Report on horse surra - Volume II, Part I
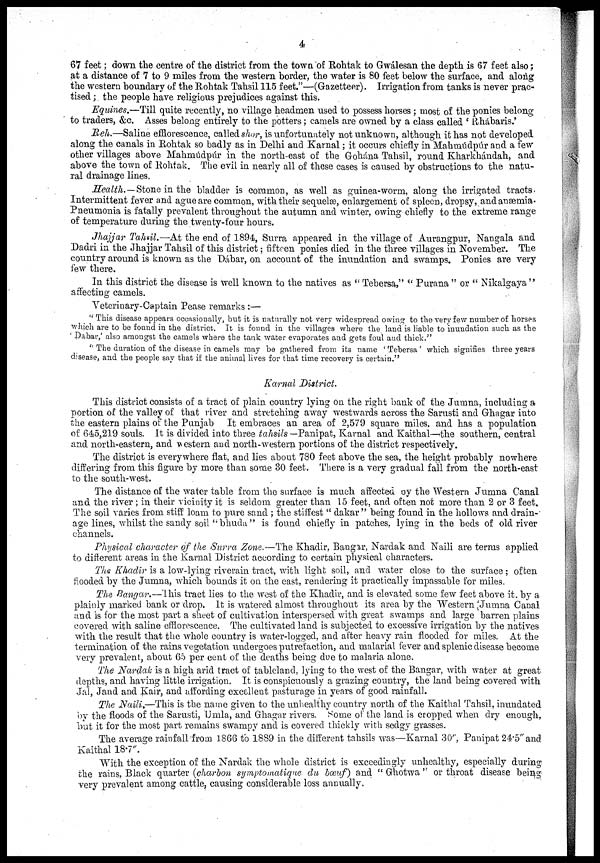
4
67 feet ; down the centre of the district from the town of Rohtak to Gwálesan the depth is 67 feet also;
at a distance of 7 to 9 miles from the western border, the water is 80 feet below the surface, and along
the western boundary of the Rohtak Tahsil 115 feet."—(Gazetteer). Irrigation from tanks is never prac-
tised ; the people have religious prejudices against this.
Equines.—Till quite recently, no village headmen used to possess horses ; most of the ponies belong
to traders, &c. Asses belong entirely to the potters ; camels are owned by a class called ' Rhábaris.'
Reh.—Saline efflorescence, called shor, is unfortunately not unknown, although it has not developed
along the canals in Rohtak so badly as in Delhi and Karnal ; it occurs chiefly in Mahmúdpúr and a few
other villages above Mahmúdpúr in the north-east of the Gohána Tahsil, round Kharkhándah, and
above the town of Rohtak. The evil in nearly all of these cases is caused by obstructions to the natu-
ral drainage lines.
Health.—Stone in the bladder is common, as well as guinea-worm, along the irrigated tracts.
Intermittent fever and ague are common, with their sequelæ, enlargement of spleen, dropsy, and anæmia.
Pneumonia is fatally prevalent throughout the autumn and winter, owing chiefly to the extreme range
of temperature during the twenty-four hours.
Jhajjar Tahsil.—At the end of 1894, Surra appeared in the village of Aurangpur, Nangala and
Dadri in the Jhajjar Tahsil of this district ; fifteen ponies died in the three villages in November. The
country around is known as the Dábar, on account of the inundation and swamps. Ponies are very
few there.
In this district the disease is well known to the natives as " Tebersa," " Purana " or " Nikalgaya "
affecting camels.
Veterinary-Captain Pease remarks :—
" This disease appears occasionally, but it is naturally not very widespread owing to the very few number of horses
which are to be found in the district. It is found in the villages where the land is liable to inundation such as the
' Dabar,' also amongst the camels where the tank water evaporates and gets foul and thick.-"
'' The duration of the disease in camels may be gathered from its name 'Tebersa' which signifies three years
disease, and the people say that if the animal lives for that time recovery is certain."
Karnal District.
This district consists of a tract of plain country lying on the right bank of the Jumna, including a
portion of the valley of that river and stretching away westwards across the Sarusti and Ghagar into
the eastern plains of the Punjab It embraces an area of 2,579 square miles, and has a population
of 645,219 souls. It is divided into three tahsils —Panipat, Karnal and Kaithal—the southern, central
and north-eastern, and western and north-western portions of the district respectively.
The district is everywhere flat, and lies about 780 feet above the sea, the height probably nowhere
differing from this figure by more than some 30 feet. There is a very gradual fall from the north-east
to the south-west.
The distance of the water table from the surface is much affected by the Western Jumna Canal
and the river ; in their vicinity it is seldom greater than 15 feet, and often not more than 2 or 3 feet.
The soil varies from stiff loam to pure sand ; the stiffest " dakar " being found in the hollows and drain-
age lines, whilst the sandy soil "bhuda" is found chiefly in patches, lying in the beds of old river
channels.
Physical character of the Surra Zone.—The Khadir, Bangar, Nardak and Naili are terms applied
to different areas in the Karnal District according to certain physical characters.
The Khadir is a low-lying riverain tract, with light soil, and water close to the surface ; often
flooded by the Jumna, which bounds it on the east, rendering it practically impassable for miles.
The Bangar.—This tract lies to the west of the Khadir, and is elevated some few feet above it. by a
plainly marked bank or drop. It is watered almost throughout its area by the Western Jumna Canal
and is for the most part a sheet of cultivation interspersed with great swamps and large barren plains
covered with saline efflorescence. The cultivated land is subjected to excessive irrigation by the natives
with the result that the whole country is water-logged, and after heavy rain flooded for miles. At the
termination of the rains vegetation undergoes putrefaction, and malarial fever and splenic disease become
very prevalent, about 65 per cent of the deaths being due to malaria alone.
The Nardak is a high arid tract of tableland, lying to the west of the Bangar, with water at great
depths, and having little irrigation. It is conspicuously a grazing country, the land being covered with
Jal, Jand and Kair, and affording excellent pasturage in years of good rainfall.
The Naili.—This is the name given to the unhealthy country north of the Kaithal Tahsil, inundated
by the floods of the Sarusti, Umla, and Ghagar rivers. Some of the land is cropped when dry enough,
but it for the most part remains swampy and is covered thickly with sedgy grasses.
The average rainfall from 1866 to 1889 in the different tahsils was—Karnal 30'', Panipat 24.5" and
Kaithal 18.7".
With the exception of the Nardak the whole district is exceedingly unhealthy, especially during
the rains, Black quarter (charbon symptomatique du bœuf) and " Ghotwa " or throat disease being
very prevalent among cattle, causing considerable loss annually.